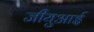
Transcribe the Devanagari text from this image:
जीयुआई